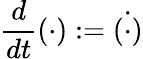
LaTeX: \frac{d}{dt}(\cdot):=\dot{(\cdot)}